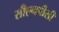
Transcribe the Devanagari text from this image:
सीएनपीसी